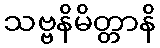
သဗ္ဗနိမိတ္တာနိ